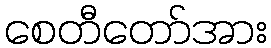
စေတီတော်အား